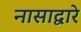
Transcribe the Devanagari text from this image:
नासाद्वारे